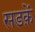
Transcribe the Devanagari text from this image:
सडक़ें